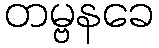
တမ္ဗနခေ